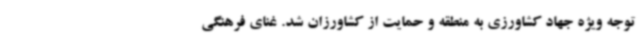
توجه ویژه جهاد کشاورزی به منطقه و حمایت از کشاورزان شد. غنای فرهنگی